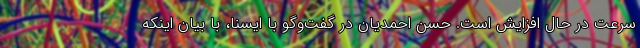
سرعت در حال افزایش است. حسن احمدیان در گفت‌وگو با ایسنا، با بیان اینکه